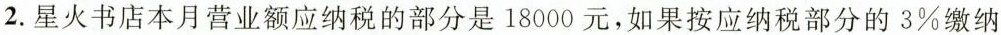
2.星火书店本月营业额应纳税的部分是18000元，如果按应纳税部分的3\%缴纳